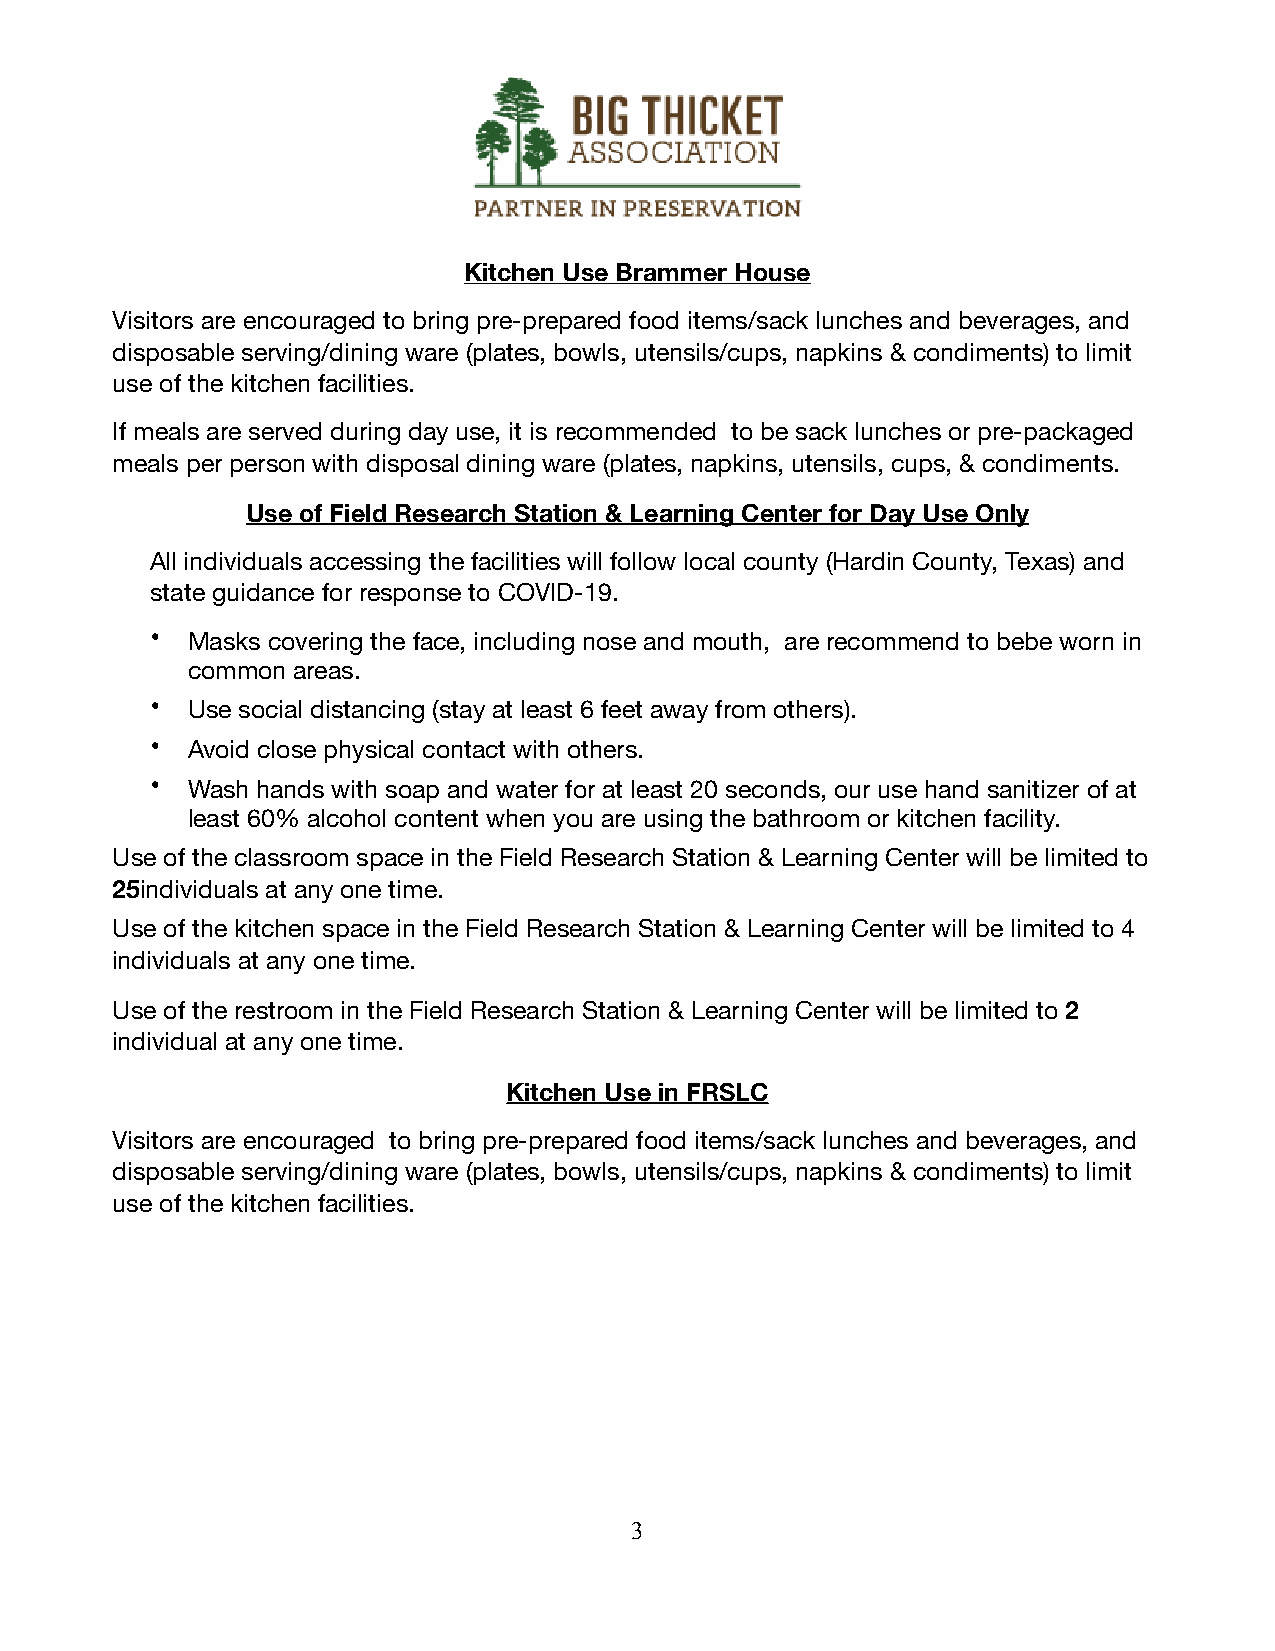
Kitchen Use Brammer House
 Visitors are encouraged to bring pre-prepared food items/sack lunches and beverages, and
 disposable serving/dining ware (plates, bowls, utensils/cups, napkins & condiments) to limit
 use of the kitchen facilities.
 If meals are served during day use, it is recommended to be sack lunches or pre-packaged
 meals per person with disposal dining ware (plates, napkins, utensils, cups, & condiments.
 Use of Field Research Station & Learning Center for Day Use Only
 All individuals accessing the facilities will follow local county (Hardin County, Texas) and
 state guidance for response to COVID-19.
 • Masks covering the face, including nose and mouth, are recommend to bebe worn in
 common areas.
 • Use social distancing (stay at least 6 feet away from others).
 • Avoid close physical contact with others.
 • Wash hands with soap and water for at least 20 seconds, our use hand sanitizer of at
 least 60% alcohol content when you are using the bathroom or kitchen facility.
 Use of the classroom space in the Field Research Station & Learning Center will be limited to
 25individuals at any one time.
 Use of the kitchen space in the Field Research Station & Learning Center will be limited to 4
 individuals at any one time.
 Use of the restroom in the Field Research Station & Learning Center will be limited to 2
 individual at any one time.
 Kitchen Use in FRSLC
 Visitors are encouraged to bring pre-prepared food items/sack lunches and beverages, and
 disposable serving/dining ware (plates, bowls, utensils/cups, napkins & condiments) to limit
 use of the kitchen facilities.
 3